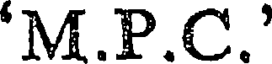
'M.P.C.'